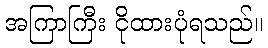
အကြာကြီး ငိုထားပုံရသည်။